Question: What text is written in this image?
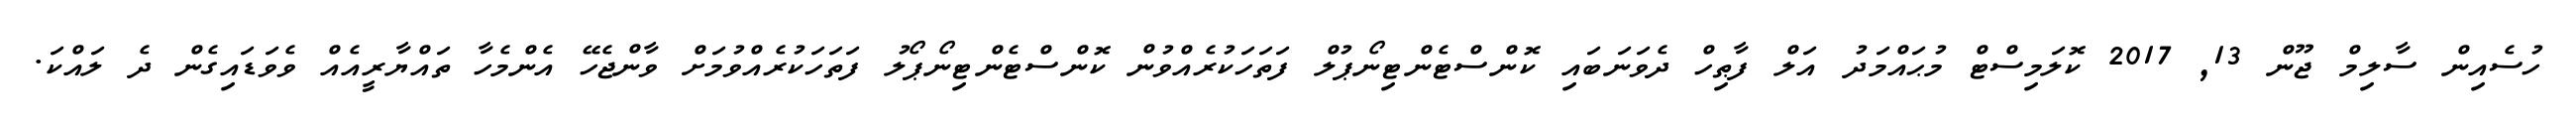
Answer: ހުސެއިން ސާލިމް ޖޫން 13, 2017 ކޮލަމިސްޓް މުޙައްމަދު އަލް ފާޠިހް ދެވަނަބައި ކޮންސްޓެންޓިނޯޕުލް ފަތަހަކުރެއްވުން ކޮންސްޓެންޓިނޯޕޯލު ފަތަހަކުރެއްވުމަށް ވާންޖެހޭ އެންމެހާ ތައްޔާރީއެއް ވެވަޑައިގެން ދެ ލައްކަ.